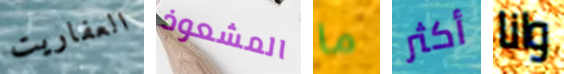
العفاريت المشعوذ ما أكثر وانا